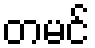
တမင်